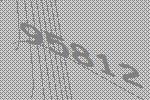
95812